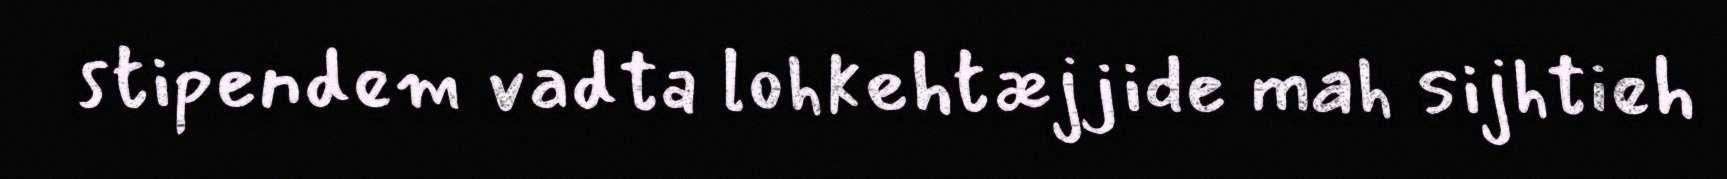
stipendem vadta lohkehtæjjide mah sijhtieh